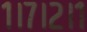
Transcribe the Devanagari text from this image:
१।७।२।१